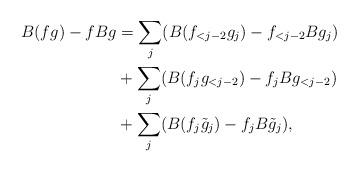
LaTeX: \begin{align*}B(fg) -f Bg & = \sum_j ( B(f_{<j-2} g_j) - f_{<j-2} B g_j) \\& + \sum_j ( B(f_j g_{<j-2}) - f_j Bg_{<j-2} ) \\& + \sum_j (B(f_j \tilde g_j) - f_j B\tilde g_j),\end{align*}